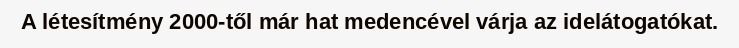
A létesítmény 2000-től már hat medencével várja az idelátogatókat.